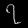
Digit: ၇